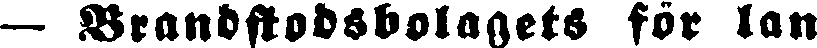
— Brandstodsbolagets för lan